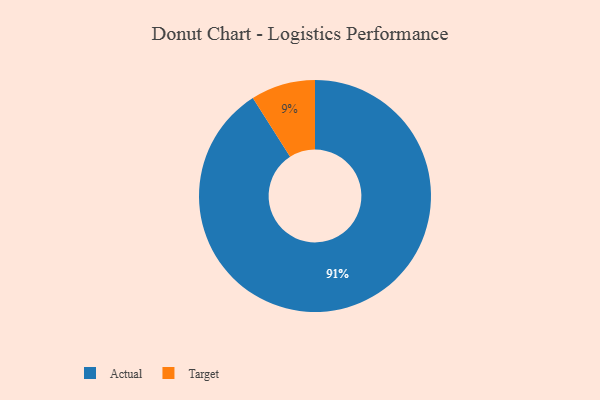
{"axis": {"x": "Category", "y": "Percentage"}, "legend": ["Actual", "Target"], "data": [{"x": "Target", "y": 9, "type": "Target"}, {"x": "Actual", "y": 91, "type": "Actual"}]}